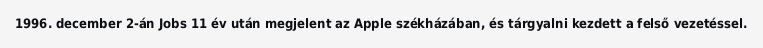
1996. december 2-án Jobs 11 év után megjelent az Apple székházában, és tárgyalni kezdett a felső vezetéssel.